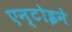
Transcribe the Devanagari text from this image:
एन्टोइने